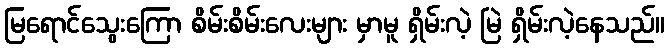
မြရောင်သွေးကြော စိမ်းစိမ်းလေးများ မှာမူ ရှိမ်းလဲ့ မြဲ ရှိမ်းလဲ့နေသည်။